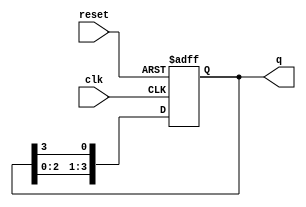
module ring_counter #(parameter N = 4) (
    input wire clk,         // Clock signal
    input wire reset,       // Asynchronous reset signal
    output reg [N-1:0] q    // Output state of the ring counter
);

// Initial state - set the first flip-flop to '1' and the others to '0'
initial begin
    q = 1; // Start with '1000' for N=4
end

// Synchronous operation
always @(posedge clk or posedge reset) begin
    if (reset) begin
        q <= 1; // Reset to '1000' for N=4
    end else begin
        // Shift the '1' through the ring
        q <= {q[N-2:0], q[N-1]};
    end
end

endmodule